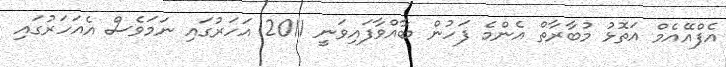
އެފްއޭއެމް އަތޮޅު މުބާރާތް އެންމެ ފަހުން ބާއްވާފައިވަނީ 2011 އަހަރުގައި ނަމަވެސް އެއަހަރުގައި